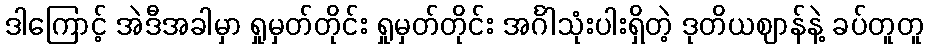
ဒါကြောင့် အဲဒီအခါမှာ ရှုမှတ်တိုင်း ရှုမှတ်တိုင်း အင်္ဂါသုံးပါးရှိတဲ့ ဒုတိယဈာန်နဲ့ ခပ်တူတူ